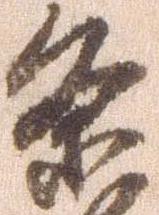
条